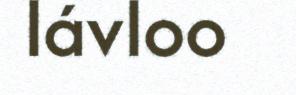
lávloo